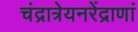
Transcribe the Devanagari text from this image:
चंद्रात्रेयनरेंद्राणां